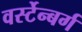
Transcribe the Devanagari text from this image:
वर्स्टेन्बर्ग